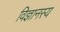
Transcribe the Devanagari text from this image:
विज्ञानस्य